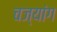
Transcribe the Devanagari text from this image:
चज्यांग